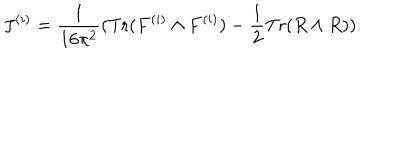
LaTeX: J ^ { ( i ) } = \frac { 1 } { 1 6 \pi ^ { 2 } } ( \mathrm { T r } ( F ^ { ( i ) } \wedge F ^ { ( i ) } ) - \frac { 1 } { 2 } \mathrm { T r } ( R \wedge R ) ) .